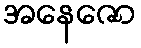
အနေဇော